Supplement to the account of plague administration in the Bombay Presidency from September 1896 till May 1897
Year: 1896
Disease focus: Plague
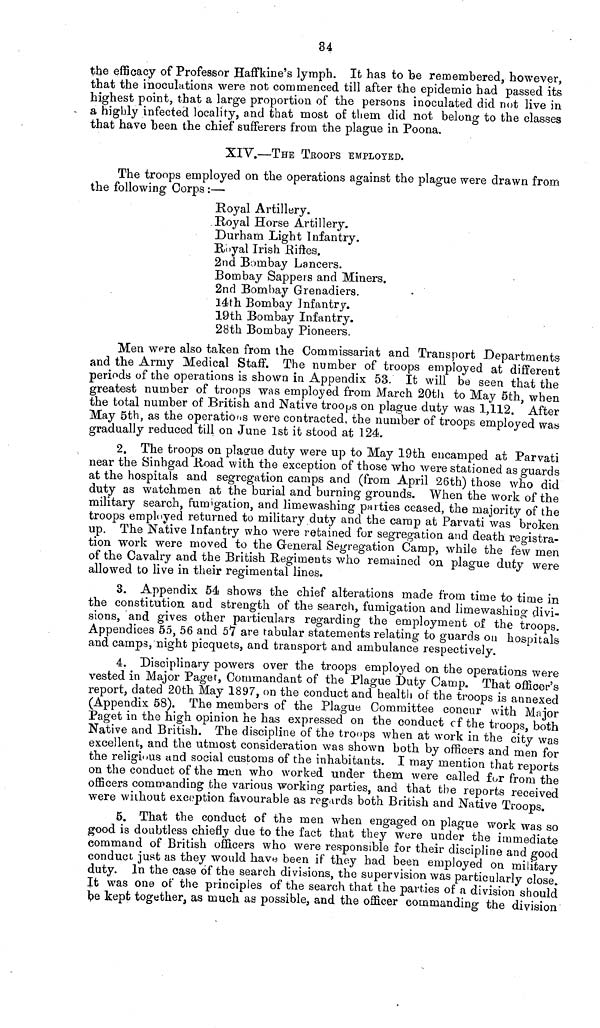
34
the efficacy of Professor Haffkine's lymph. It has to be remembered, however,
that the inoculations were not commenced till after the epidemic had passed its
highest point, that a large proportion of the persons inoculated did not live in
a highly infected locality, and that most of them did not belong to the classes
that have been the chief sufferers from the plague in Poona.
XIV.—THE TrOOPS EMPLOYED.
The troops employed on the operations against the plague were drawn from
the following Corps :—
Royal Artillery.
Royal Horse Artillery.
Durham Light Infantry.
Royal Irish Riftes.
2nd Bombay Lancers.
Bombay Sappers and Miners.
2nd Bombay Grenadiers.
14th Bombay Infantry.
19th Bombay Infantry.
28th Bombay Pioneers.
Men were also taken from the Commissariat and Transport Departments
and the Army Medical Staff. The number of troops employed at different
periods of the operations is shown in Appendix 53. It will be seen that the
greatest number of troops was employed from March 20th to May 5th, when
the total number of British and Native troops on plague duty was 1,112. After
May 5th, as the operations were contracted, the number of troops employed was
gradually reduced till on June 1st it stood at 124.
2. The troops on plague duty were up to May 19th encamped at Parvati
near the Sinhgad Road with the exception of those who were stationed as guards
at the hospitals and segregation camps and (from April 26th) those who did
duty as watchmen at the burial and burning grounds. When the work of the
military search, fumigation, and limewashing parties ceased, the majority of the
troops employed returned to military duty and the camp at Parvati was broken
up. The Native Infantry who were retained for segregation and death registra-
tion work were moved to the General Segregation Camp, while the few men
of the Cavalry and the British Regiments who remained on plague duty were
allowed to live in their regimental lines.
3. Appendix 54 shows the chief alterations made from time to time in
the constitution and strength of the search, fumigation and limewashing divi-
sions, and gives other particulars regarding the employment of the troops.
Appendices 55, 56 and 57 are tabular statements relating to guards on hospitals
and camps, night picquets, and transport and ambulance respectively.
4. Disciplinary powers over the troops employed on the operations were
vested in Major Pager, Commandant of the Plague Duty Camp. That officer's
report, dated 20th May 1897, on the conduct and health of the troops is annexed
(Appendix 58). The members of the Plague Committee concur with Major
Paget in the high opinion he has expressed on the conduct of the troops, both
Native and British. The discipline of the troops when at work in the city was
excellent, and the utmost consideration was shown both by officers and men for
the religious and social customs of the inhabitants. I may mention that reports
on the conduct of the men who worked under them were called for from the
officers commanding the various working parties, and that the reports received
were without exception favourable as regards both British and Native Troops.
5. That the conduct of the men when engaged on plague work was so
good is doubtless chiefly due to the fact that they were under the immediate
command of British officers who were responsible for their discipline and good
conduct just as they would have been if they had been employed on military
duty. In the case of the search divisions, the supervision was particularly close.
It was one of the principles of the search that the parties of a division should
be kept together, as much as possible, and the officer commanding the division